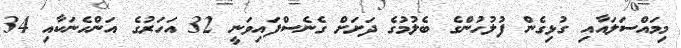
މިމައްސަލައާއި ގުޅިގެން ފުލުހުންގެ ބެލުމުގެ ދަށަށް ގެނެސްފައިވަނީ 32 އަހަރުގެ އަންހެނަކާއި 34